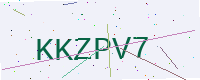
Text: KKZPV7